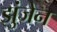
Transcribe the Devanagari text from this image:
झुंजेन